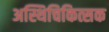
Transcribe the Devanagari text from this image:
अस्थिचिकित्सक